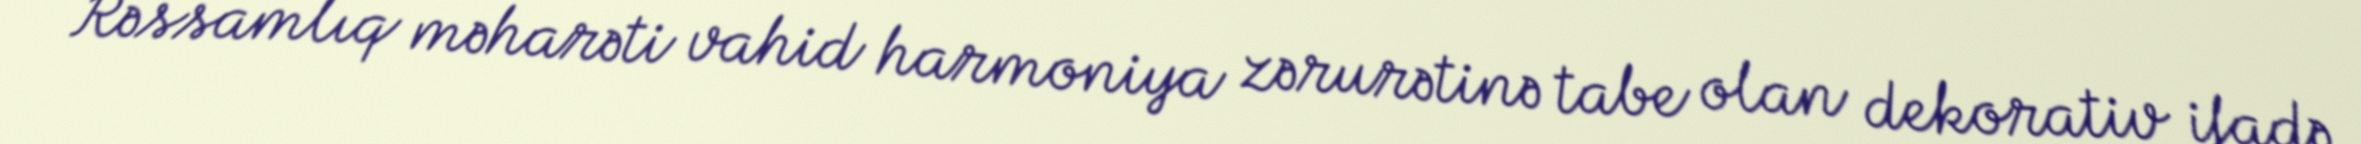
Rəssamlıq məharəti vahid harmoniya zərurətinə tabe olan dekorativ ifadə